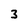
Character: 3